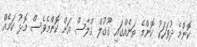
ކޮންމެ ދުވަހަކު ކޮންމެ ތަނެއްގައި ގޫގުލް ގްލާސް އަށް ކޮންމެވެސް މޮޅު ކަމެއް